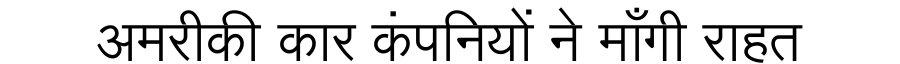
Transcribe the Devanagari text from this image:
अमरीकी कार कंपनियों ने माँगी राहत